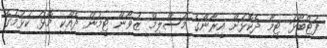
ފުޓްބޯޅަ ޓީމާ ދެކޮޅަށް އީރާންގެ މުސްލިމް ޒުވާން ޓީމުން ދެއްކި މޮޅު ކުޅުމުގެ